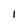
Character: I